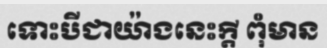
ទោះបីជាយ៉ាងនេះក្តី ពុំមាន